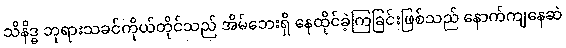
သိနိဒ္ဓ ဘုရားသခင်ကိုယ်တိုင်သည် အိမ်ဘေးရှိ နေထိုင်ခဲ့ကြခြင်းဖြစ်သည် နောက်ကျနေဆဲ